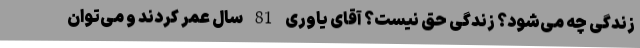
زندگی چه می‌شود؟ زندگی حق نیست؟ آقای یاوری 81 سال عمر کردند و می‌توان